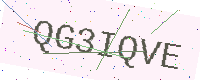
Text: QG3IQVE